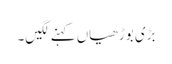
بڑی بوڑھیاں کہنے لگیں۔